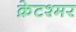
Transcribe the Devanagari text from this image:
क्रेटश्मर